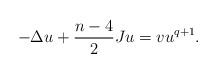
\begin{align*}-\Delta u+\frac{n-4}{2}Ju=vu^{q+1}. \end{align*}